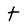
Character: t